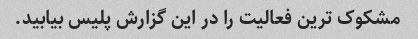
مشکوک ترین فعالیت را در این گزارش پلیس بیابید.